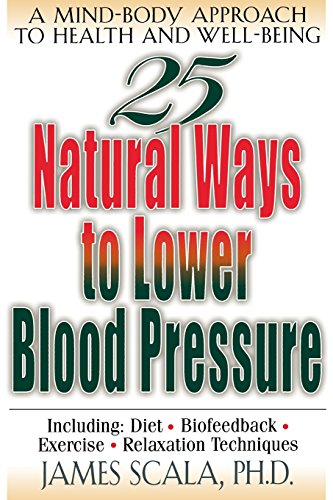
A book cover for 25 Natural Ways To Lower Blood Pressure; James Scala; Health, Fitness & Dieting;